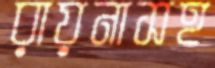
রায়নাসহ